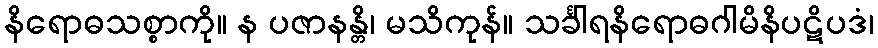
နိရောဓသစ္စာကို။ န ပဇာနန္တိ၊ မသိကုန်။ သင်္ခါရနိရောဓဂါမိနိပဋိပဒံ၊